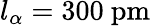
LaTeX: l_{\alpha}=300~\mathrm{pm}